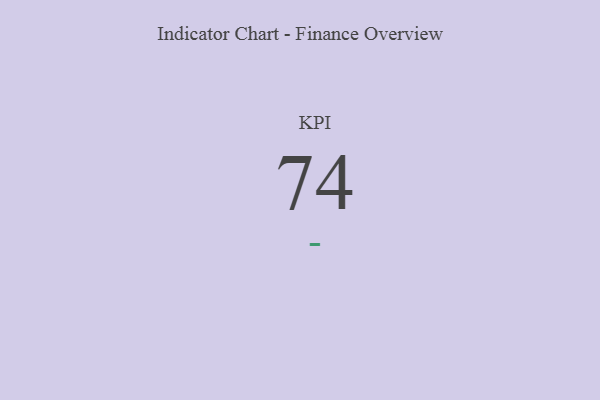
{"axis": {"x": "KPI", "y": "Value"}, "legend": [""], "data": [{"x": "KPI", "y": 74, "type": ""}]}